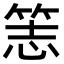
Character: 𥭡